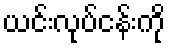
ယင်းလုပ်ငန်းကို